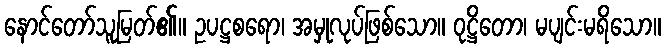
နောင်တော်သူမြတ်၏။ ဥပဋ္ဌစရော၊ အမှုလုပ်ဖြစ်သော။ ဝုဋ္ဌိတော၊ မပျင်းမရိသော။